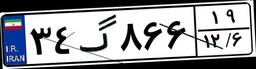
۳۴گ۸۶۶۱۹